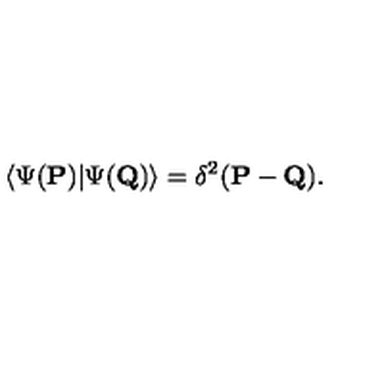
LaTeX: \langle \Psi ( { \bf P } ) | \Psi ( { \bf Q } ) \rangle = \delta ^ { 2 } ( { \bf P } - { \bf Q } ) .